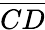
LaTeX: \overline{{CD}}